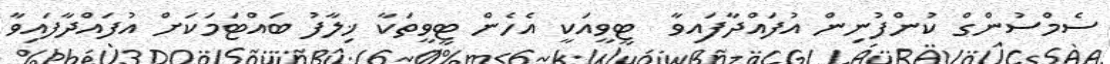
ސެމްސުންގް ކުންފުނިން އުފައްދާފައިވާ  ޓީވީއަކީ އެހެން ޓީވީތަކާ ޚިލާފު ބައްޓަމަކަށް އުފައްދާފައިވާ